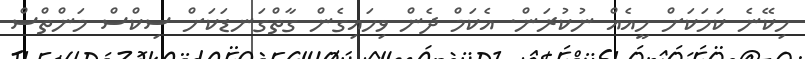
ހިކޭނެ ކަމަކަށް ހީއެއް ނުކުރަން. އެކަމް ދެން ވިހައިގެން ގާތްގަނޑަކަށް ސިކްސް މަންތްސް